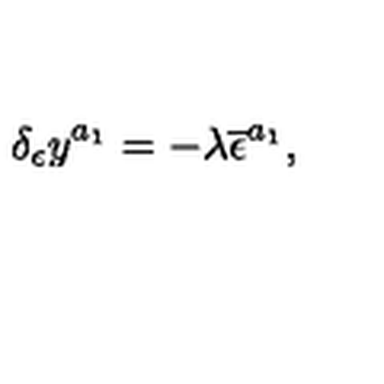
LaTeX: \delta _ { \epsilon } y ^ { a _ { 1 } } = - \lambda \overline { { \epsilon } } ^ { a _ { 1 } } ,